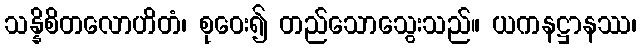
သန္နိစိတလောဟိတံ၊ စုဝေး၍ တည်သောသွေးသည်။ ယကနဋ္ဌာနဿ၊